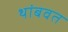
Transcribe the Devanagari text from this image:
थांबवत